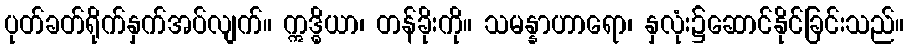
ပုတ်ခတ်ရိုက်နှက်အပ်လျက်။ ဣဒ္ဓိယာ၊ တန်ခိုးကို။ သမန္နာဟာရော၊ နှလုံး၌ဆောင်နိုင်ခြင်းသည်။